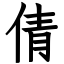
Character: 倩